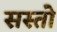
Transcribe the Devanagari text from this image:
सस्तो